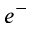
e ^ { - }